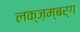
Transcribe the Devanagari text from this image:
लक्ज़म्बर्ग